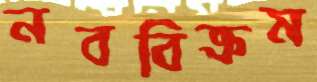
নববিক্রম